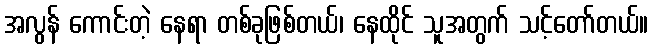
အလွန် ကောင်းတဲ့ နေရာ တစ်ခုဖြစ်တယ်၊ နေထိုင် သူအတွက် သင့်တော်တယ်။